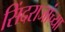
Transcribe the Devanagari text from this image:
सिंदराजांच्या